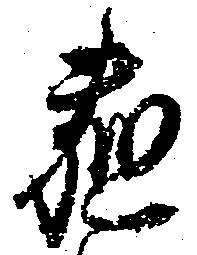
薤